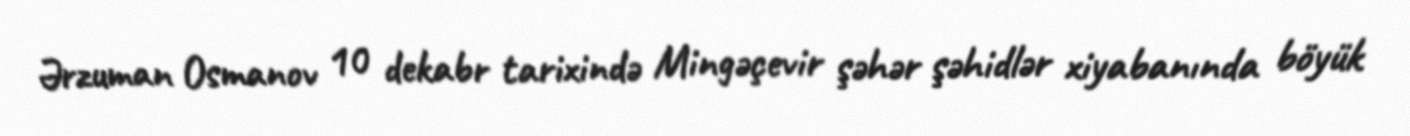
Ərzuman Osmanov 10 dekabr tarixində Mingəçevir şəhər şəhidlər xiyabanında böyük